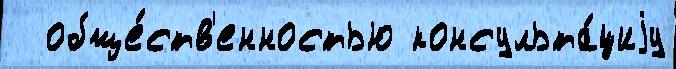
  обще́ств'енностью консульта́циjу